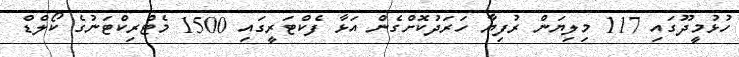
ހުޅުމީދޫގައި 117 މިލިޔަން ރުފިޔާ ހަރަދުކޮށްގެން އަޅާ ފެކްޓަރީގައި 1500 މެޓްރިކްޓަނުގެ ކޯލްޑް